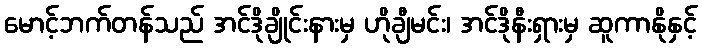
မောင့်ဘက်တန်သည် အင်ဒိုချိုင်းနားမှ ဟိုချီမင်း၊ အင်ဒိုနီးရှားမှ ဆူကာနိုနှင့်